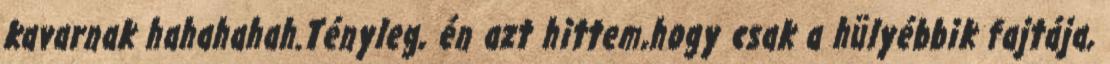
kavarnak hahahahah.Tényleg, én azt hittem,hogy csak a hülyébbik fajtája,